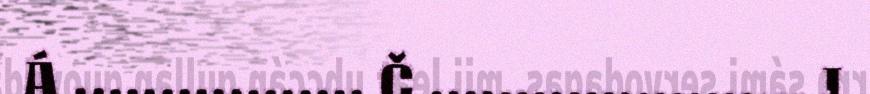
Á ................. Č ...................... J